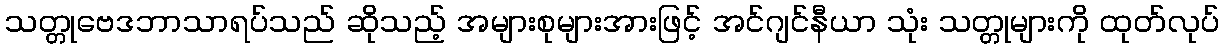
သတ္တုဗေဒဘာသာရပ်သည် ဆိုသည့် အများစုများအားဖြင့် အင်ဂျင်နီယာ သုံး သတ္တုများကို ထုတ်လုပ်